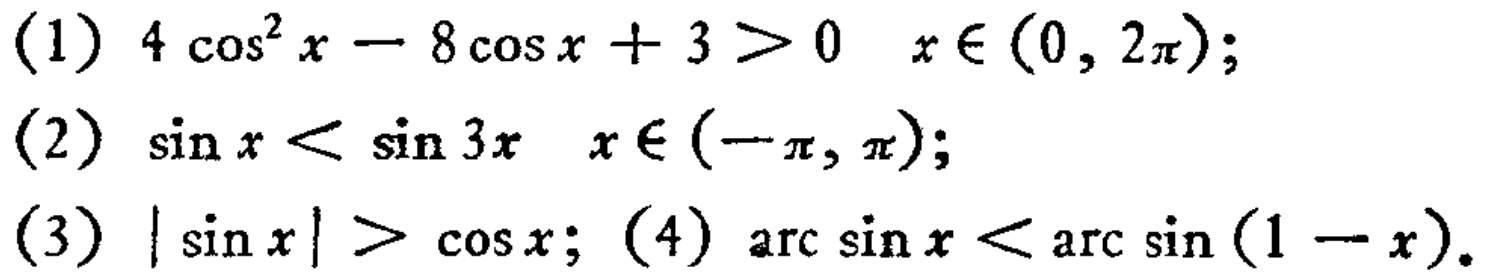
(1) \(4\cos^{2}x - 8\cos x + 3>0\quad x\in(0,2\pi)\);
(2) \(\sin x<\sin 3x\quad x\in(-\pi,\pi)\);
(3) \(|\sin x|>\cos x\); (4) \(\arcsin x<\arcsin(1 - x)\).